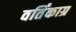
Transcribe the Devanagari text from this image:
वर्तिंकाग्र